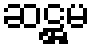
ဆဋ္ဌမ